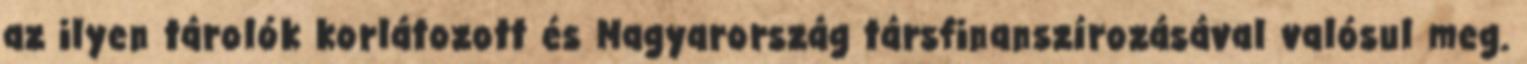
az ilyen tárolók korlátozott és Magyarország társfinanszírozásával valósul meg.